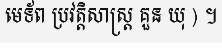
មេទ័ព ប្រវត្តិសាស្ត្រ គួន យុ ) ។